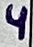
Text: 4